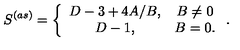
S ^ { ( a s ) } = \left\{ \begin{array} { c c } { D - 3 + 4 A / B , } & { B \neq 0 } \\ { D - 1 , } & { B = 0 . } \\ \end{array} \right. .